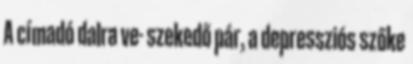
A címadó dalra ve- szekedő pár, a depressziós szőke